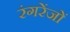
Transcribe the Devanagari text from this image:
रंगरेंजों